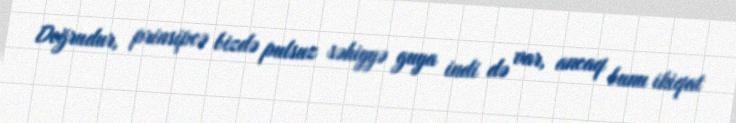
Doğrudur, prinsipcə bizdə pulsuz səhiyyə guya indi də var, ancaq bunu ikiqat